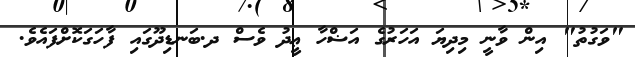
"ވަގުތު" އިން ވާނީ މިދިޔަ އަހަރުގެ އަޟްހާ ޢީދު ވެސް ދ.ބަނޑިދޫގައި ފާހަގަކޮށްފައެވެ.